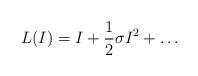
LaTeX: \begin{align*}L(I)=I+\frac12 \sigma I^2 +\dots \end{align*}